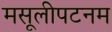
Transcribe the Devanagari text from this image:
मसूलीपटनम